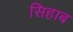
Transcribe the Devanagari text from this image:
सिहाब